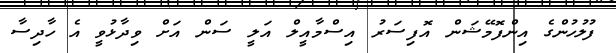
ފުލުހުންގެ އިންފޮމޭޝަން އޮފިސަރު އިސްމާއީލް އަލީ ސަން އަށް ވިދާޅުވީ އެ ހާދިސާ